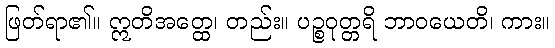
ဖြတ်ရာ၏။ ဣတိအတ္ထေ၊ တည်း။ ပဉ္စဝုတ္တရိ ဘာဝယေတိ၊ ကား။